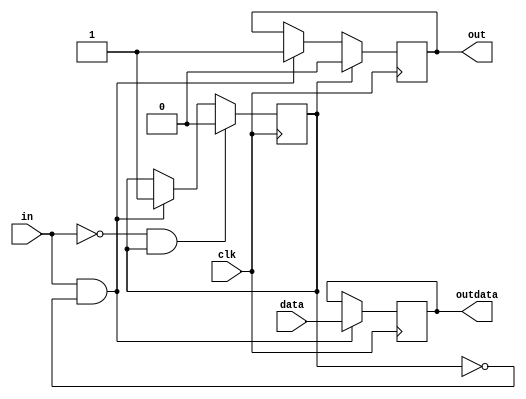
module ONEPING(clk, in, data, out, outdata);
  input wire clk;
  input wire in;
  input wire [7:0] data;
  output reg  [7:0] outdata;
  output reg out = 0;
  
  reg fixed = 0;
  
  always @(posedge clk) begin
    if (in == 1 && fixed == 0) begin
      fixed <= 1;
      outdata <= data;
      out <= 1;
    end
    if (fixed == 1) begin
      out <= 0;
    end
    if (in == 0 && fixed == 1) begin
      fixed <= 0;
    end
  end
endmodule